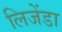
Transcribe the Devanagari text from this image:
लिजेंडा